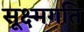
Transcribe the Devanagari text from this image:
सूक्ष्‍मगति